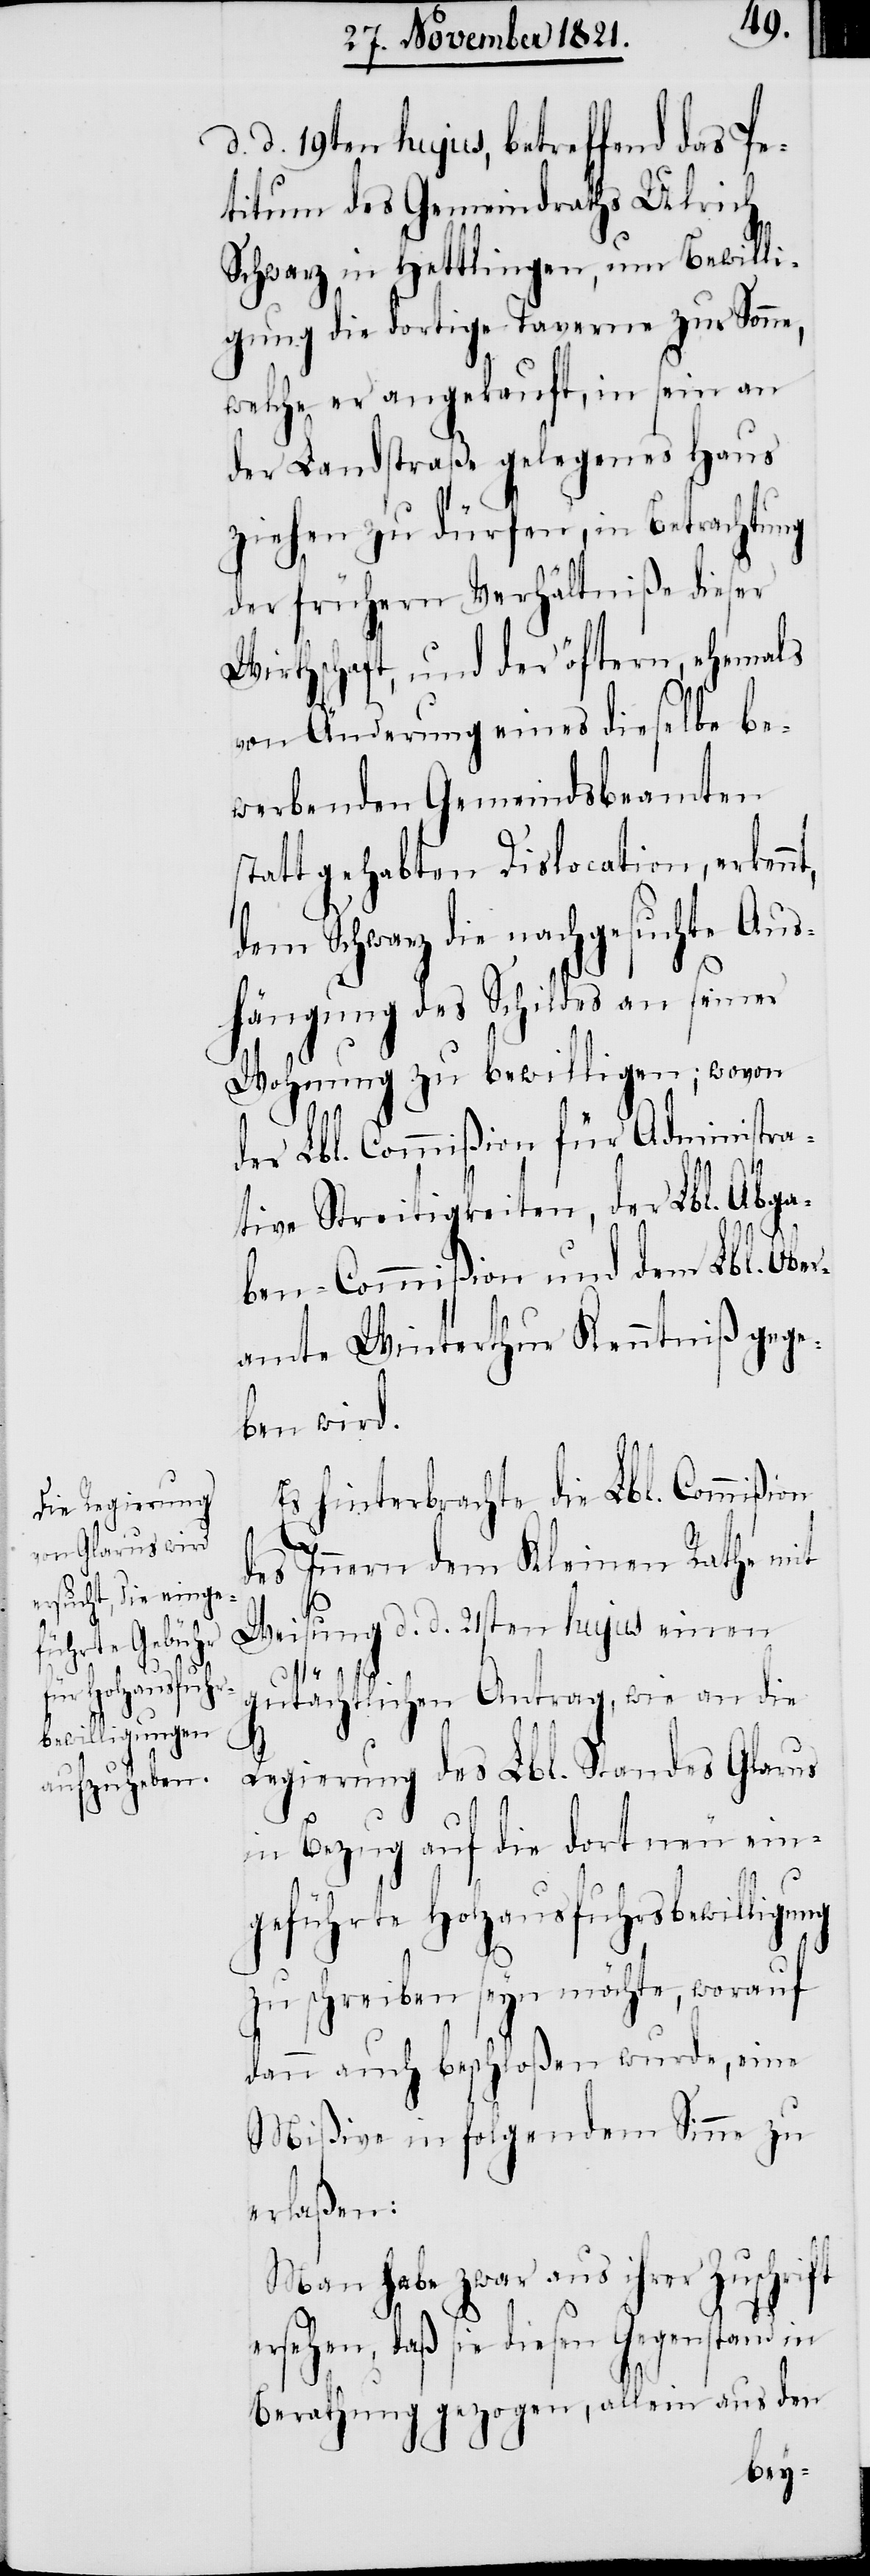
d. d. 19ten hujus, betreffend das Pe¬
titum des Gemeindraths Ulrich
Schwarz in Hettlingen, um Bewilli¬
gung die dortige Taverne zur Sonne,
welche er angekauft, in sein an
der Landstraße gelegenes Haus
ziehen zu dürfen, in Betrachtung
der frühern Verhältniße dieser
Wirthschaft, und der öftern, ehemals
von Änderung eines dieselbe be¬
werbenden Gemeindsbeamten
tatt gehabten Dislocation, erkenn¬
dem Schwarz die nachgesuchte Aus¬
hängung des Schildes an seiner
Wohnung zu bewilligen; wovon
ft
der Lbl. Commißion für Administra¬
tive Streitigkeiten, der Lbl. Abga¬
ben-Commißion und dem Lbl. Ober¬
amte Winterthur Kenntniß gege¬
ben wird.
Es hinterbrachte die Lbl. Commißion
des Innern dem Kleinen Rathe mit
Weisung d. d. 21sten hujus einen
gutächtlichen Antrag, wie an die
Regierung des Lbl. Standes Glarus
in Bezug auf die dort neu ein¬
geführte Holzausfuhrsbewilligung
zu schreiben seyn möchte, worauf
dann auch beschloßen wurde, eine
Mißive in folgendem Sinne zu
erlaßen:
Man habe zwar aus ihrer Zuschri¬
ersehen, daß sie diesen Gegenstand in
Berathung gezogen, allein aus den